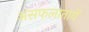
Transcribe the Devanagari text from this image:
असफलातायें